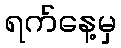
ရက်နေ့မှ